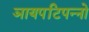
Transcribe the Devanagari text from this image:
ञायपटिपन्नो